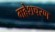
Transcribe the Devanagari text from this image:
महेशचरण